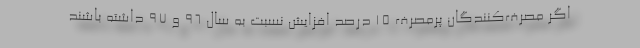
اگر مصرف‌کنندگان پرمصرف 15 درصد افزایش نسبت به سال 96 و 97 داشته باشند